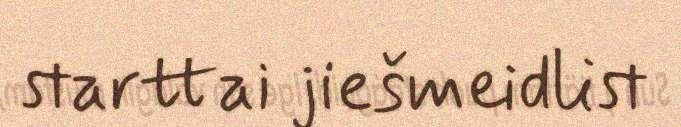
starttai jiešmeidlist